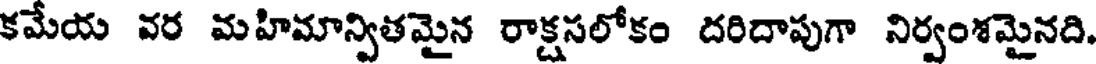
కమేయ వర మహిమాన్వితమైన రాక్షసలోకం దరిదాపుగా నిర్వంశమైనది.